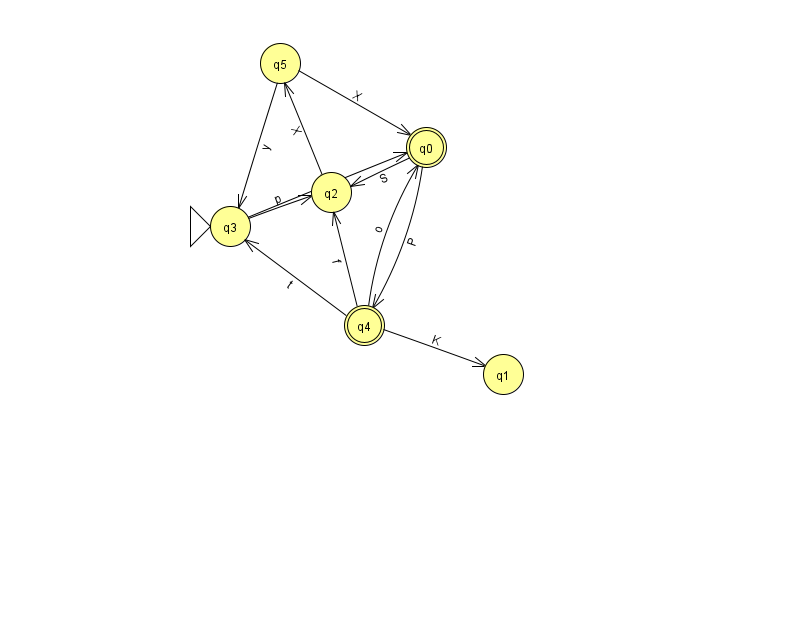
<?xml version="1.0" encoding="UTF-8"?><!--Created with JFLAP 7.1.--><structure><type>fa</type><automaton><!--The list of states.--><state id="0" name="q0"><x>426.0</x><y>134.0</y><final/></state><state id="1" name="q1"><x>503.0</x><y>361.0</y></state><state id="2" name="q2"><x>331.0</x><y>179.0</y></state><state id="3" name="q3"><x>230.0</x><y>213.0</y><initial/></state><state id="4" name="q4"><x>364.0</x><y>312.0</y><final/></state><state id="5" name="q5"><x>280.0</x><y>50.0</y></state><!--The list of transitions.--><transition><from>4</from><to>1</to><read>K</read></transition><transition><from>0</from><to>2</to><read>S</read></transition><transition><from>3</from><to>2</to><read>p</read></transition><transition><from>4</from><to>0</to><read>o</read></transition><transition><from>2</from><to>5</to><read>X</read></transition><transition><from>0</from><to>4</to><read>P</read></transition><transition><from>3</from><to>0</to><read>h</read></transition><transition><from>4</from><to>2</to><read>f</read></transition><transition><from>4</from><to>3</to><read>t</read></transition><transition><from>5</from><to>3</to><read>y</read></transition><transition><from>5</from><to>0</to><read>X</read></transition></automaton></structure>